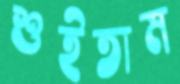
শুইতাম